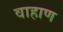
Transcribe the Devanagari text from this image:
वाहाण